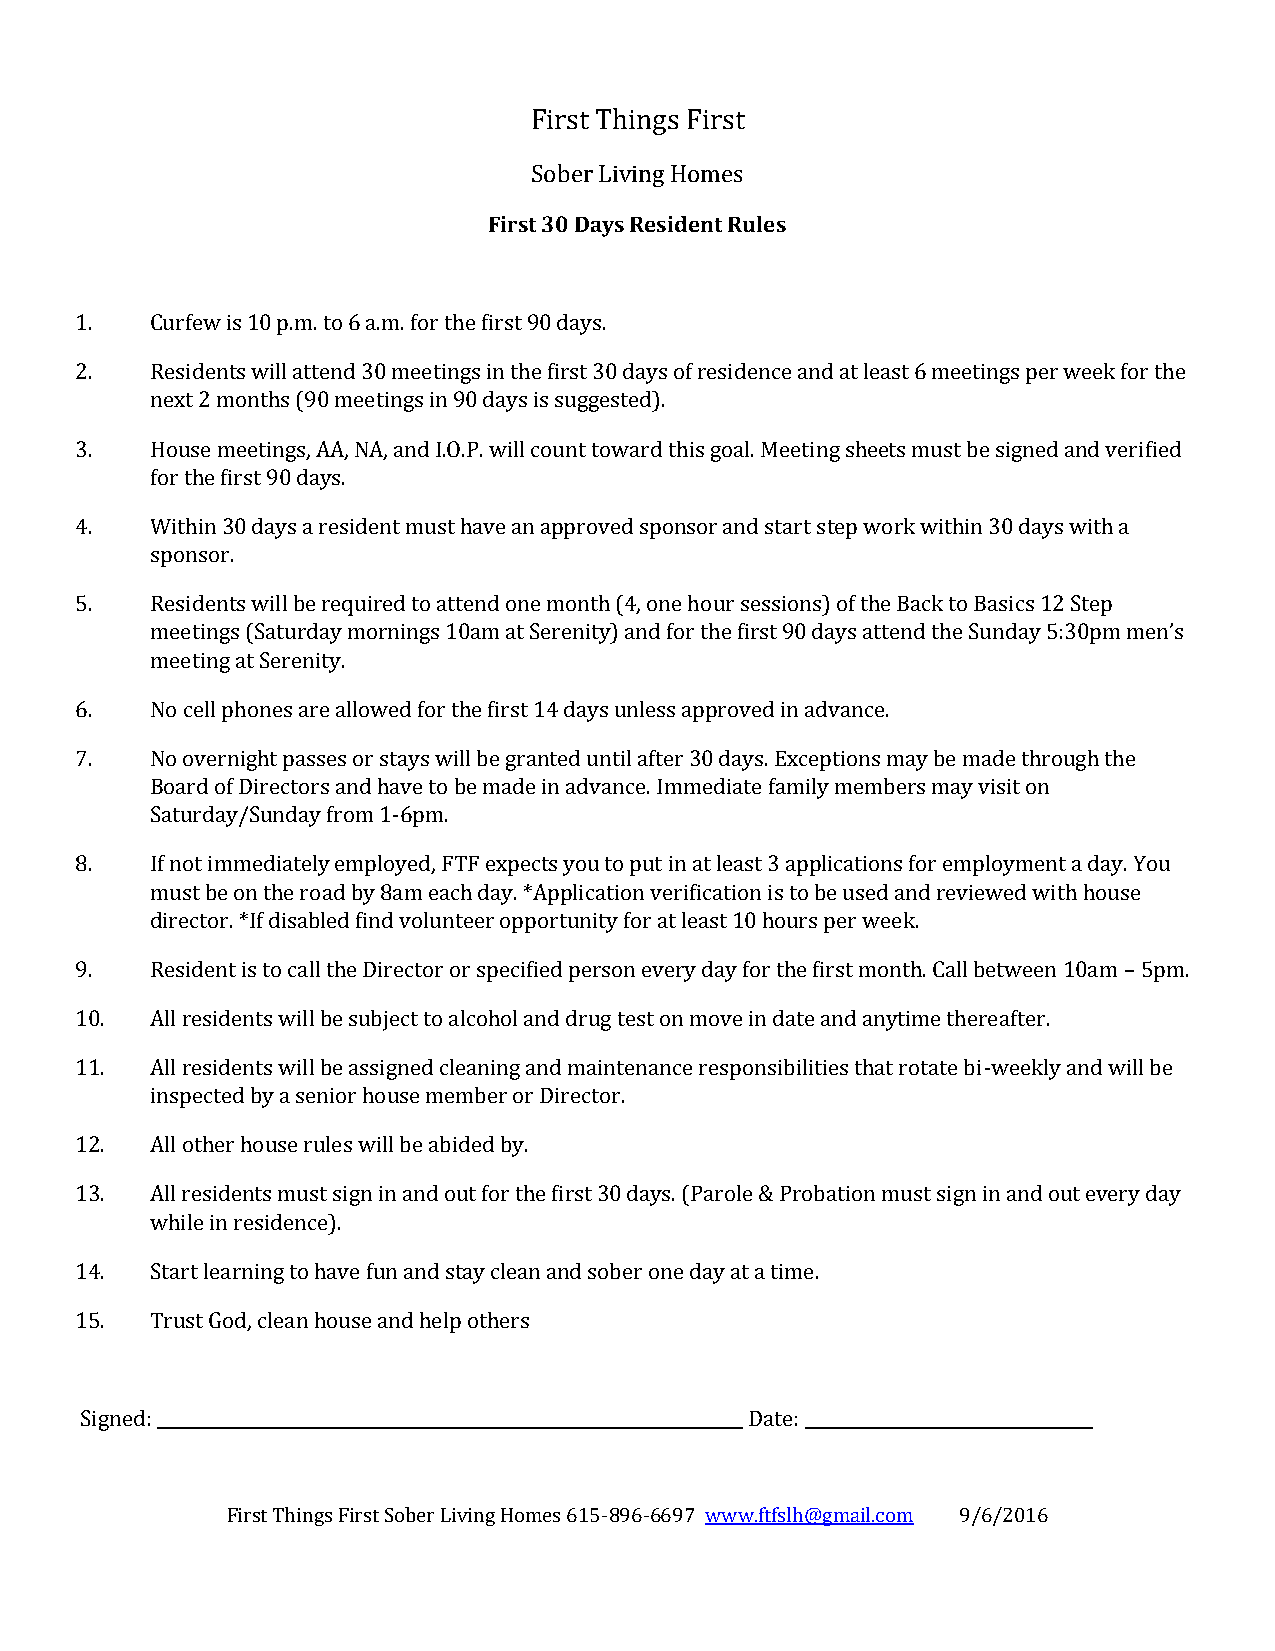
First Things First
 Sober Living Homes
 First 30 Days Resident Rules
 1.   Curfew is 10 p.m. to 6 a.m. for the first 90 days.
 2.   Residents will attend 30 meetings in the first 30 days of residence and at least 6 meetings per week for the
 next 2 months (90 meetings in 90 days is suggested).
 3.   House meetings, AA, NA, and I.O.P. will count toward this goal. Meeting sheets must be signed and verified
 for the first 90 days.
 4.   Within 30 days a resident must have an approved sponsor and start step work within 30 days with a
 sponsor.
 5.   Residents will be required to attend one month (4, one hour sessions) of the Back to Basics 12 Step
 meetings (Saturday mornings 10am at Serenity) and for the first 90 days attend the Sunday 5:30pm men’s
 meeting at Serenity.
 6.   No cell phones are allowed for the first 14 days unless approved in advance.
 7.   No overnight passes or stays will be granted until after 30 days. Exceptions may be made through the
 Board of Directors and have to be made in advance. Immediate family members may visit on
 Saturday/Sunday from 1-6pm.
 8.   If not immediately employed, FTF expects you to put in at least 3 applications for employment a day. You
 must be on the road by 8am each day. *Application verification is to be used and reviewed with house
 director. *If disabled find volunteer opportunity for at least 10 hours per week.
 9.   Resident is to call the Director or specified person every day for the first month. Call between 10am – 5pm.
 10.  All residents will be subject to alcohol and drug test on move in date and anytime thereafter.
 11.  All residents will be assigned cleaning and maintenance responsibilities that rotate bi-weekly and will be
 inspected by a senior house member or Director.
 12.  All other house rules will be abided by.
 13.  All residents must sign in and out for the first 30 days. (Parole & Probation must sign in and out every day
 while in residence).
 14.  Start learning to have fun and stay clean and sober one day at a time.
 15.  Trust God, clean house and help others
 Signed: _____________________________________________________________________ Date: __________________________________
 First Things First Sober Living Homes 615-896-6697 www.ftfslh@gmail.com 9/6/2016